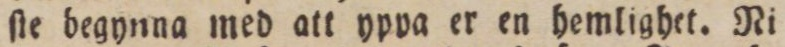
ſte begynna med att yppa er en hemlighet. Ni